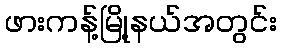
ဖားကန့်မြို့နယ်အတွင်း